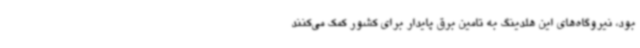
بود، نیروگاه‌های این هلدینگ به تامین برق پایدار برای کشور کمک می‌کنند